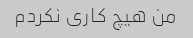
من هیچ کاری نکردم